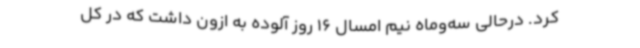
کرد. درحالی سه‌وماه‌ نیم امسال 16 روز آلوده به ازون داشت که در کل